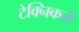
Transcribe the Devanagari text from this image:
टेक्निकने